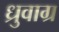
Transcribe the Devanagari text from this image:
ध्रुवाग्र